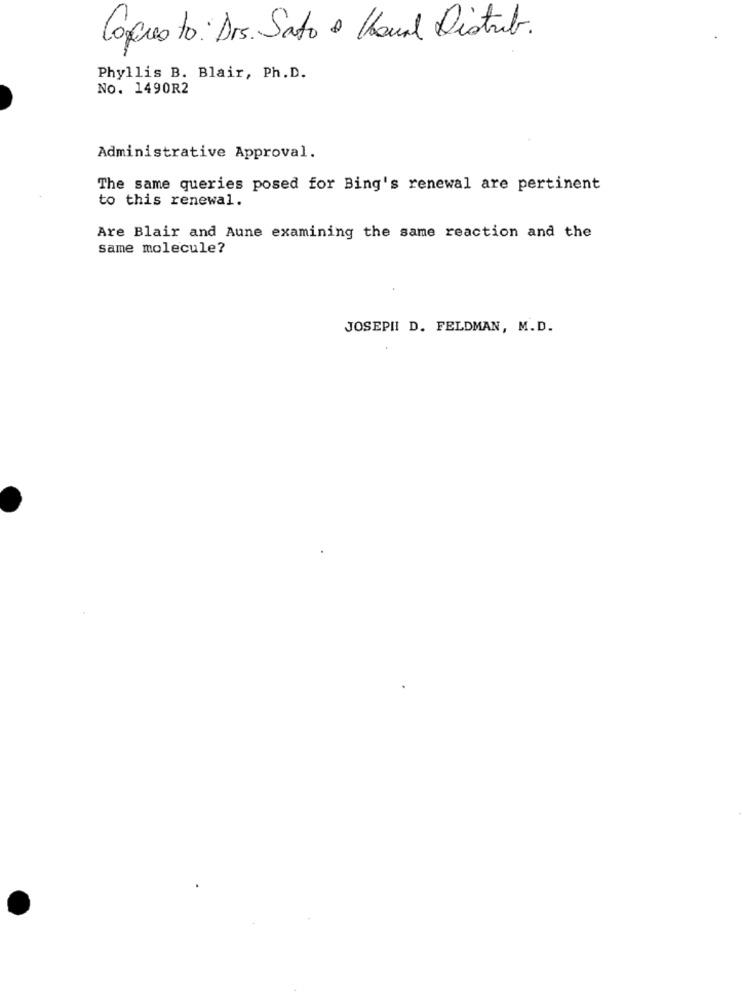
Coquesto: Drs. Sato e Kanal Distrib.
Phyllis B. Blair, Ph. D.
No. 1490R2
Administrative Approval.
The same queries posed for Bing's renewal are pertinent
to this renewal.
Are Blair and Aune examining the same reaction and the
same molecule?
JOSEPH D. FELDMAN, M.D.